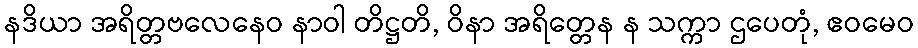
နဒိယာ အရိတ္တဗလေနေဝ နာဝါ တိဋ္ဌတိ, ဝိနာ အရိတ္တေန န သက္ကာ ဌပေတုံ, ဧဝမေဝ